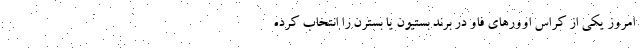
امروز یکی از کراس اوورهای فاو در برند بستیون یا بسترن را انتخاب کرده